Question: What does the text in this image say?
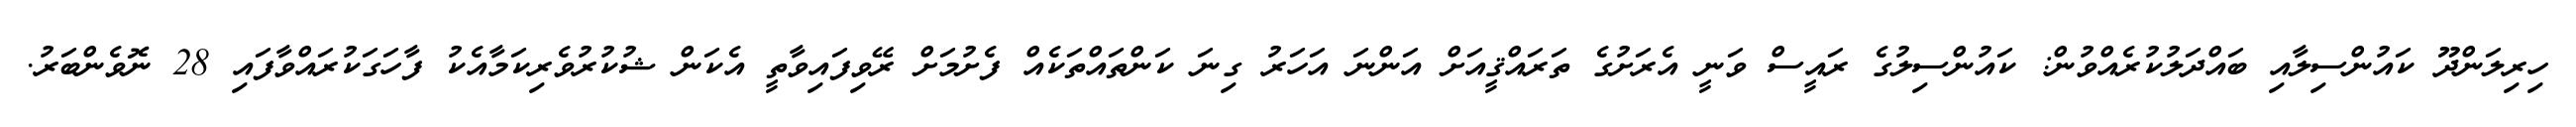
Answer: ހިރިލަންދޫ ކައުންސިލާއި ބައްދަލުކުރެއްވުން: ކައުންސިލުގެ ރައީސް ވަނީ އެރަށުގެ ތަރައްޤީއަށް އަންނަ އަހަރު ގިނަ ކަންތައްތަކެއް ފެށުމަށް ރޭވިފައިވާތީ އެކަން ޝުކުރުވެރިކަމާއެކު ފާހަގަކުރައްވާފައި 28 ނޮވެންބަރު.